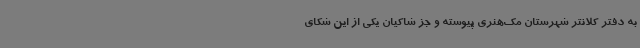
به دفتر کلانتر شهرستان مک‌هنری پیوسته و جز شاکیان یکی از این شکای